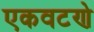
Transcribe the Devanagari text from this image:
एकवटणे